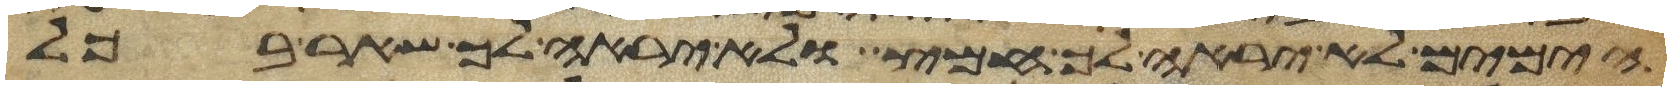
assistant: הימים לא יראה לך חמץ ולא יראה לך שאר בכל